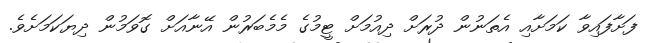
ފަށާފައިވާ ކަމަށާއި އެތަނުން ދުރަށް ދިއުމަށް ޓީމުގެ މެމެބަރުން އޭނާއަށް ގޮވަމުން ދިޔަކަމަށެވެ.